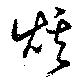
炫